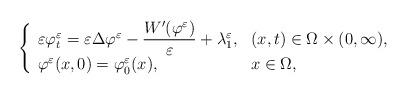
LaTeX: \begin{align*}\left\{ \begin{array}{ll}\varepsilon \varphi ^{\varepsilon} _t =\varepsilon \Delta \varphi ^{\varepsilon} -\dfrac{W '(\varphi ^{\varepsilon})}{\varepsilon }+ \lambda_{1} ^\varepsilon ,& (x,t)\in \Omega \times (0,\infty), \\\varphi ^{\varepsilon} (x,0) = \varphi _0 ^{\varepsilon} (x) , &x\in \Omega,\end{array} \right.\end{align*}